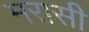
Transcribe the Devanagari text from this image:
मरासी